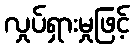
လှုပ်ရှားမှုဖြင့်